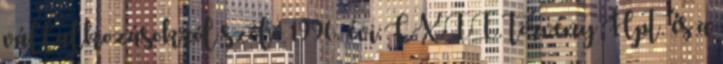
vállalkozásokról szóló 1996. évi CXII. törvény Hpt. és a